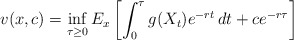
\begin{align*}v(x,c)=\inf_{\tau \geq 0}E_{x}\left[\int_0^{\tau}g(X_t)e^{-rt}\,dt + ce^{-r\tau}\right]\end{align*}